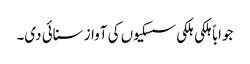
جواباً ہلکی ہلکی سسکیوں کی آواز سنائی دی۔